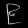
Digit: ၉